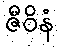
ဇီဝိနံ